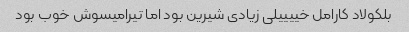
بلکولاد کارامل خییییلی زیادی شیرین بود اما تیرامیسوش خوب بود